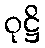
ဝုဋ္ဌိ